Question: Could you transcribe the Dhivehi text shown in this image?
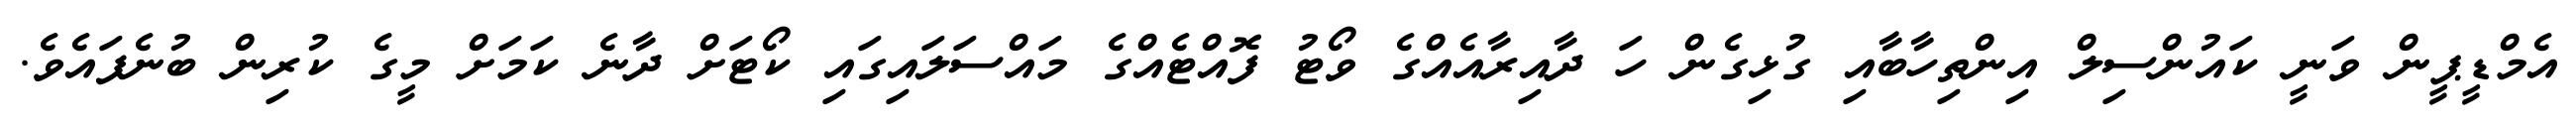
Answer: އެމްޑީޕީން ވަނީ ކައުންސިލް އިންތިހާބާއި ގުޅިގެން ހަ ދާއިރާއެއްގެ ވޯޓު ފޮއްޓެއްގެ މައްސަލައިގައި ކޯޓަށް ދާނެ ކަމަށް މީގެ ކުރިން ބުނެފައެވެ.